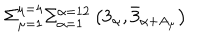
LaTeX: \Sigma _ { \mu = 1 } ^ { \mu = 4 } \Sigma _ { \alpha = 1 } ^ { \alpha = 1 2 } \left( 3 _ { \alpha } , \bar { 3 } _ { \alpha + A _ { \mu } } \right)